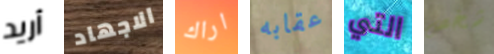
أريد الاجهاد اراك عقابه التي شخص